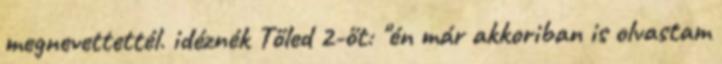
megnevettettél. idéznék Tőled 2-őt: "én már akkoriban is olvastam